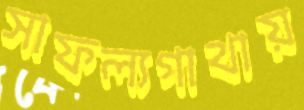
সাফল্যগাথায়